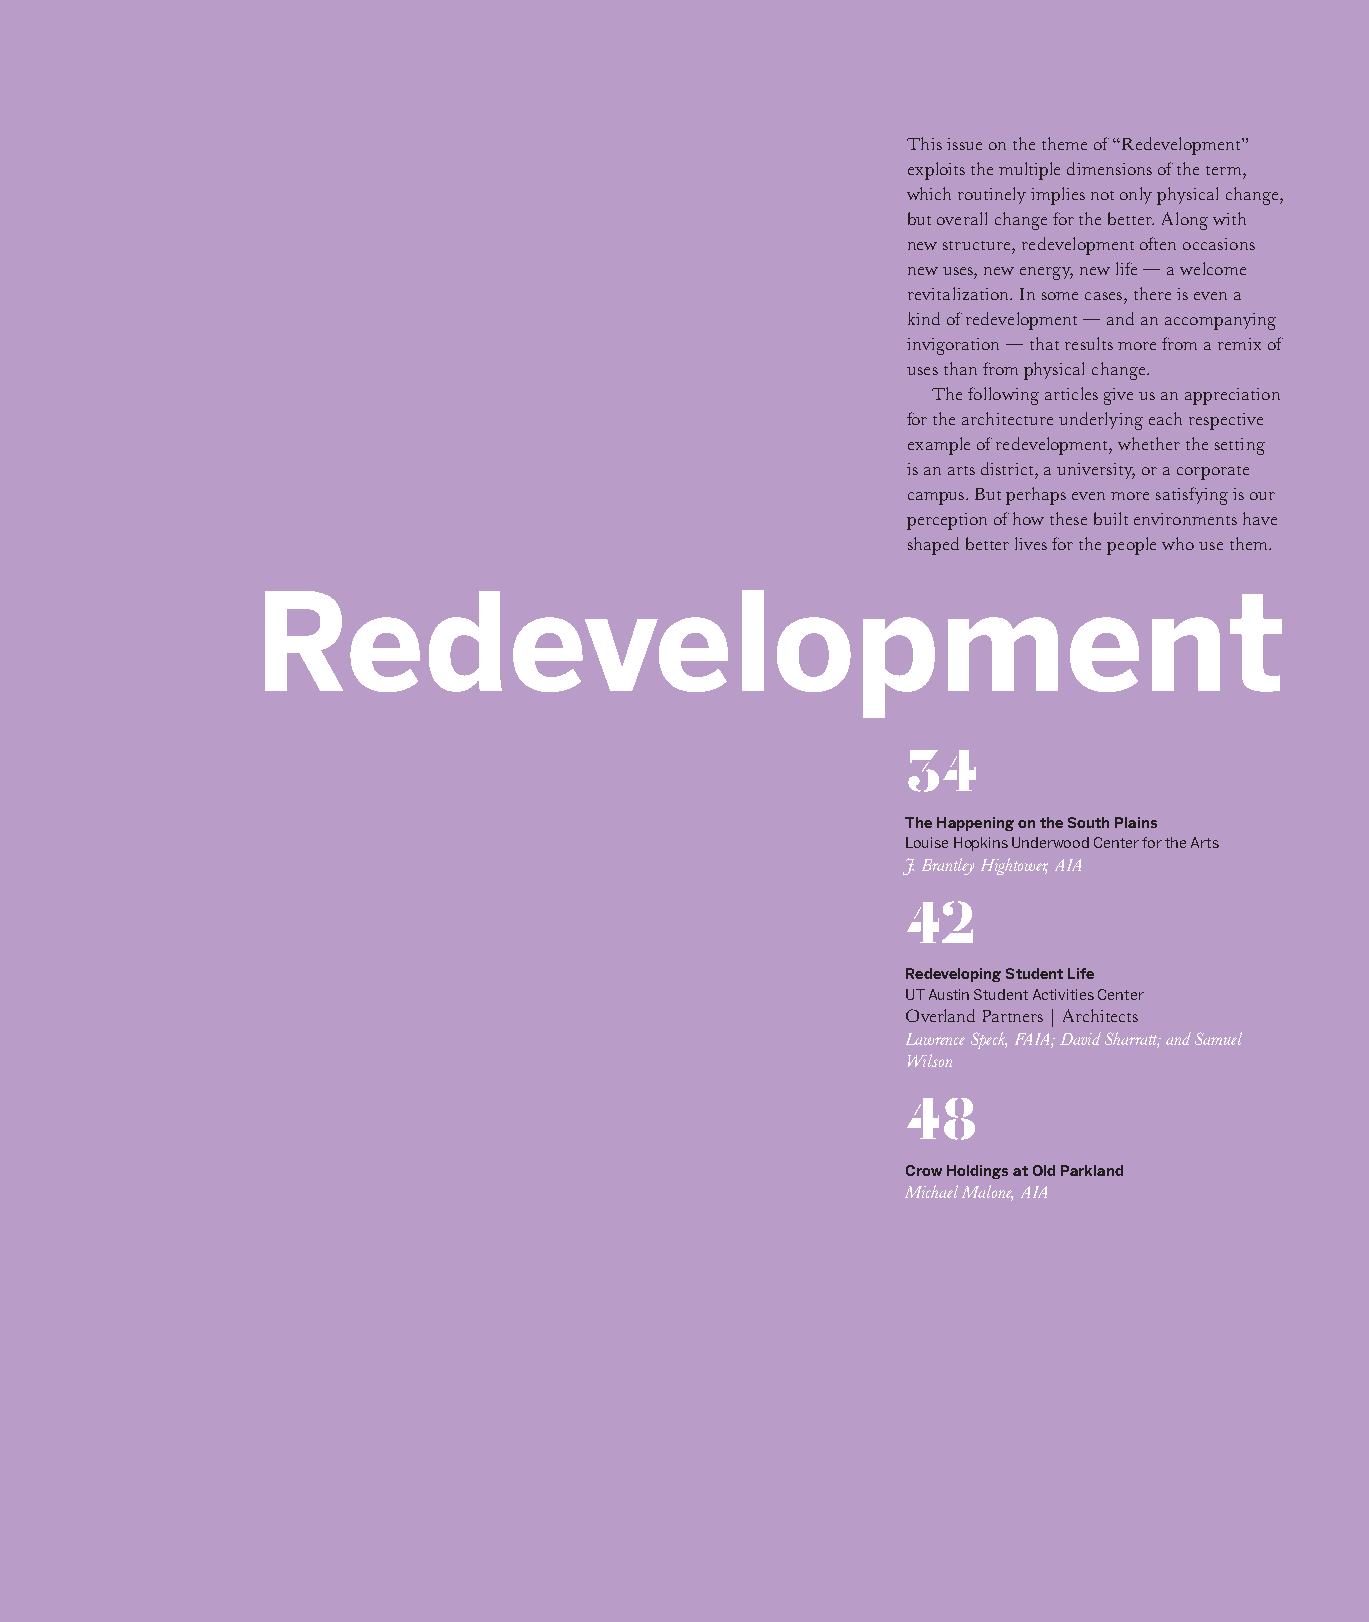
This issue on the theme of “Redevelopment”
 exploits the multiple dimensions of the term,
 which routinely implies not only physical change,
 but overall change for the better. Along with
 new structure, redevelopment often occasions
 new uses, new energy, new life — a welcome
 revitalization. In some cases, there is even a
 kind of redevelopment — and an accompanying
 invigoration — that results more from a remix of
 uses than from physical change.
 The following articles give us an appreciation
 for the architecture underlying each respective
 example of redevelopment, whether the setting
 is an arts district, a university, or a corporate
 campus. But perhaps even more satisfying is our
 perception of how these built environments have
 shaped better lives for the people who use them.
 Redevelopment
 34
 The Happening on the South Plains
 Louise Hopkins Underwood Center for the Arts
 J. Brantley Hightower, AIA
 42
 Redeveloping Student Life
 UT Austin Student Activities Center
 Overland Partners | Architects
 Lawrence Speck, FAIA; David Sharratt; and Samuel
 Wilson
 48
 Crow Holdings at Old Parkland
 Michael Malone, AIA
 11/12 2012 Texas Architect 33